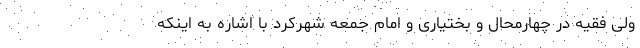
ولی فقیه در چهارمحال و بختیاری و امام جمعه شهرکرد با اشاره به اینکه